Civil Veterinary Dept. Bombay admin report 1900-1906 - 1900-1906
Year: 1900
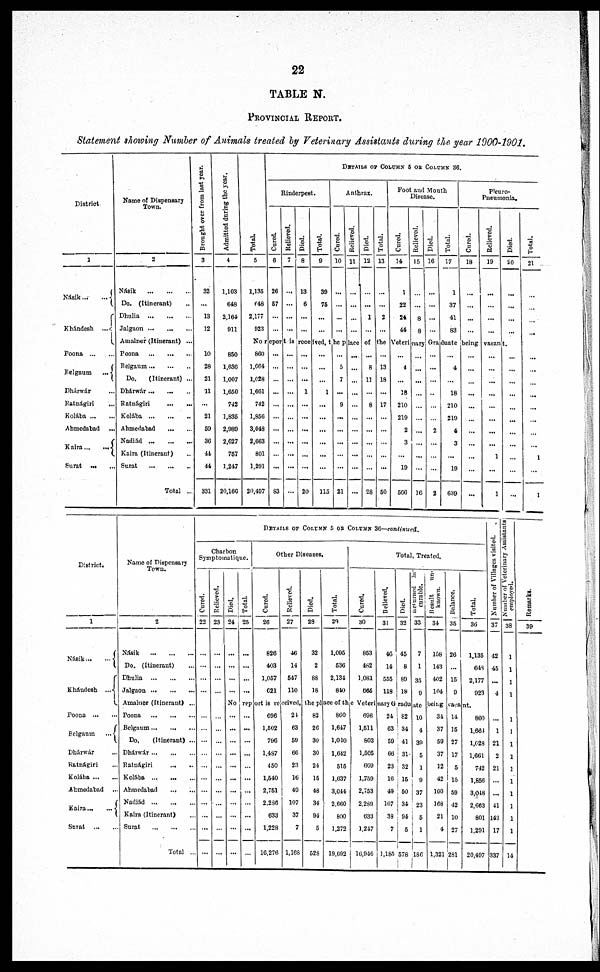
22
TABLE N.
PROVINCIAL REPORT.
Statement showing Number of Animals treated by Veterinary Assistants during the year 1900-1901.
District
1
Násik ...
...
Khándesh
...
Poona
...
...
Belgaum
...
Dhárwár ...
Ratnágiri
...
Kolába ... ...
Ahmedabad ...
Kaira
...
...
Surat ... ...
Name of Dispensary
Town.
2
Násik
Do. (Itinerant) ...
Dhulia
...
Jalgaon
Amalner (Itinerant) ...
Poona
Belgaum ... ... ...
Do.
(Itinerant) ...
Dhárwár
Ratnágiri
..
Kolába
...
...
...
Ahmedabad
Nadiád
...
...
...
Kaira (Itinerant) ...
Surat
...
....
...
Total ...
Brought over from last year.
3
32
...
13
12
10
28
21
11
...
21
50
36
44
44
331
Admitted during the year.
4
1,103
648
2,164
911
850
1,030
1,007
1,650
742
1,835
2,989
2,627
757
1,247
20,160
Total.
5
1,135
648
2,177
923
DETAILS OF COLUMN 5 OR COLUMN 36.
Rinderpest.
Cured.
6
26
57
...
...
Relieved.
7
...
...
...
...
Died.
8
13
6
...
...
Total.
9
39
75
...
...
Anthrax.
Cured.
10
...
...
...
...
Relieved.
11
...
...
...
Died.
12
...
...
1
...
Total.
13
...
...
2
...
Foot and Mouth
Disease.
Cured.
14
1
22
24
44
Relieved.
15
...
...
8
8
Died.
16
...
...
...
...
Total.
17
1
37
41
83
Pleuro-
-neumonia.
Cured.
18
...
...
...
...
Relieved.
19
...
...
...
...
Died.
20
...
...
...
...
No report is received, the place of the Veterinary Graduate being vacant.
860
1,664
1,028
1,661
742
1,856
3,048
2,663
801
1,291
20,497
...
...
...
...
...
...
...
...
...
...
83
...
...
...
...
...
...
...
...
...
...
...
...
...
...
1
...
...
...
...
...
20
...
...
...
1
...
...
...
...
...
...
115
...
5
7
...
9
...
...
...
...
...
21
...
...
...
...
...
...
...
...
...
...
...
...
8
11
...
8
...
...
...
...
...
28
...
13
18
17
...
...
...
...
...
50
...
4
...
18
210
219
2
3
...
19
566
...
...
...
...
...
...
...
...
...
...
16
...
...
...
...
...
...
2
...
...
2
...
4
...
18
210
219
4
3
...
19
639
...
...
...
...
...
...
...
...
...
...
...
...
...
...
...
...
...
...
1
...
1
...
...
...
...
...
...
...
...
...
...
Total.
21
...
...
...
...
...
...
...
...
...
...
...
...
1
...
1
District.
1
Násik
...
...
Khándesh
...
Poona
....
...
Belgaum
...
Dhárwár ...
Ratnágiri ...
Kolába ... ...
Ahmedabad ...
Kaira ... ....
Surat ... ...
Name of Dispensary
Town.
2
Násik
...
...
...
Do. (Itinerant) ...
Dhulia
...
...
...
Jalgaon ... ... ...
Amalner (Itinerant) ...
Poona
...
...
...
Belgaum
...
...
...
Do.
(Itinerant) ...
Dháwár ... ... ...
Ratnágiri
Kolába
...
...
...
Ahmedabad ... ...
Nadiád ... ... ...
Kaira (Itinerant) ...
Surat
...
...
...
Total ...
DETAILS
OF
COLUMN
5
OR
COLUMN
36—CONTINUED.
Charbon
Symptoinatique.
Cured.
22
...
...
...
...
...
...
...
...
...
...
...
...
...
...
...
Relieved.
23
...
...
...
...
...
...
...
...
...
...
...
...
...
...
...
Died.
24
...
...
...
...
Total.
25
...
...
...
Other Diseases.
Cured.
26
826
403
1,057
621
Relieved.
27
46
14
547
110
Died.
28
32
2
88
18
Tot al .
29
1,095
536
2,131
810
Total, Treated.
Cur ed.
30
853
482
1,081
665
Relieved.
31
46
14
555
118
Died.
32
45
8
89
18
Returned
In-
curable.
33
7
1
35
9
Result
un-
known.
34
158
143
402
104
Bal ance.
35
26
...
15
9
Total.
36
1,135
648
2,177
923
No report is received, the place of the Veterinary
Graduate being vacant.
...
...
...
...
...
...
...
...
...
...
...
...
...
...
...
...
...
...
...
...
...
...
696
1,502
796
1,487
450
1,540
2,751
2,286
633
1,228
16,276
24
63
59
66
23
16
49
107
37
7
1,168
82
26
30
30
24
16
48
34
94
5
628
860
1,647
1,010
1,642
515
1,637
3,014
2,600
800
1,272
19,092
696
1,511
803
1,505
669
1,759
2,753
2,289
633
1,217
16,946
24
63
59
66
23
16
49
107
38
7
1,185
82
34
41
31
32
15
50
34
94
5
578
10
4
39
5
1
9
37
23
5
1
186
31
37
59
37
12
42
100
168
21
4
1,321
14
15
27
17
5
15
59
42
10
27
281
869
1,604
1,028
1,661
742
1,856
3,018
2,663
801
1,291
20,497
Nu mb e r of Villages visit
37
42
45
...
4
1
21
2
21
41
143
17
337
Number of Vet er i
nar y Assistants
employed.
38
1
1
1
1
14
Remarks
39